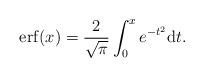
LaTeX: \begin{align*}\mathrm{erf}(x) = \frac{2}{\sqrt{\pi}}\int_{0}^{x}e^{-t^2}\mathrm{d}t.\end{align*}